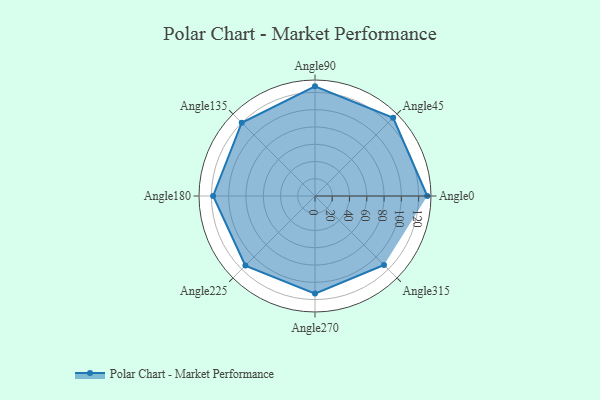
{"axis": {"x": "Angle", "y": "Radius"}, "legend": [""], "data": [{"x": "Angle0", "y": 130.0, "type": ""}, {"x": "Angle45", "y": 128.0, "type": ""}, {"x": "Angle90", "y": 127.0, "type": ""}, {"x": "Angle135", "y": 120.0, "type": ""}, {"x": "Angle180", "y": 118.0, "type": ""}, {"x": "Angle225", "y": 114.0, "type": ""}, {"x": "Angle270", "y": 113.0, "type": ""}, {"x": "Angle315", "y": 113.0, "type": ""}]}